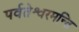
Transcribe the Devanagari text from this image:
पर्वतेश्वरमन्ति